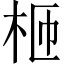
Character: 𣐝